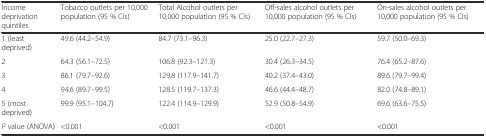
| Income deprivation quintiles | Tobacco outlets per 10,000 population (95 % CIs) | Total Alcohol outlets per 10,000 population (95 % CIs) | Off-sales alcohol outlets per 10,000 population (95 % CIs) | On-sales alcohol outlets per 10,000 population (95 % CIs) |
 | --- | --- | --- | --- | --- |
 | 1 (least deprived) | 49.6 (44.2–54.9) | 84.7 (73.1–96.3) | 25.0 (22.7–27.3) | 59.7 (50.0–69.3) |
 | 2 | 64.3 (56.1–72.5) | 106.8 (92.3–121.3) | 30.4 (26.3–34.5) | 76.4 (65.2–87.6) |
 | 3 | 86.1 (79.7–92.6) | 129.8 (117.9–141.7) | 40.2 (37.4–43.0) | 89.6 (79.7–99.4) |
 | 4 | 94.6 (89.7–99.5) | 128.5 (119.7–137.3) | 46.6 (44.4–48.7) | 82.0 (74.8–89.1) |
 | 5 (most deprived) | 99.9 (95.1–104.7) | 122.4 (114.9–129.9) | 52.9 (50.8–54.9) | 69.6 (63.6–75.5) |
 | P value (ANOVA) | <0.001 | <0.001 | <0.001 | <0.001 |